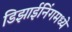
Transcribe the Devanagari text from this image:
डिझाईनिंगमध्ये